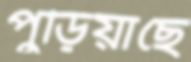
পুড়িয়াছে